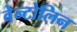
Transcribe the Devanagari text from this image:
वेन्टोलिन